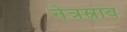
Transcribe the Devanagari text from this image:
नेत्रस्राव